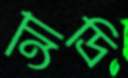
আদ্রি